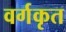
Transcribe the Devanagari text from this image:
वर्गकृत